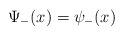
LaTeX: \begin{align*}\Psi _{-}(x)=\psi _{-}(x) \end{align*}